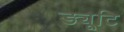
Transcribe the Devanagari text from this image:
ड्यूटि